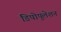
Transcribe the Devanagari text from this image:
डिपोपुलेशन